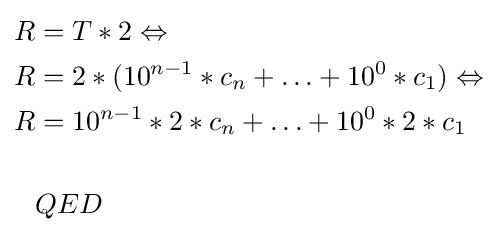
{\textstyle {\begin{aligned}R&=T*2\Leftrightarrow \\R&=2*(10^{n-1}*c_{n}+\ldots +10^{0}*c_{1})\Leftrightarrow \\R&=10^{n-1}*2*c_{n}+\ldots +10^{0}*2*c_{1}\\\\&QED\end{aligned}}}